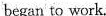
began to work.